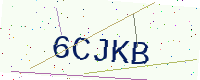
Text: 6CJKB